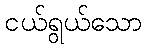
ငယ်ရွယ်သော